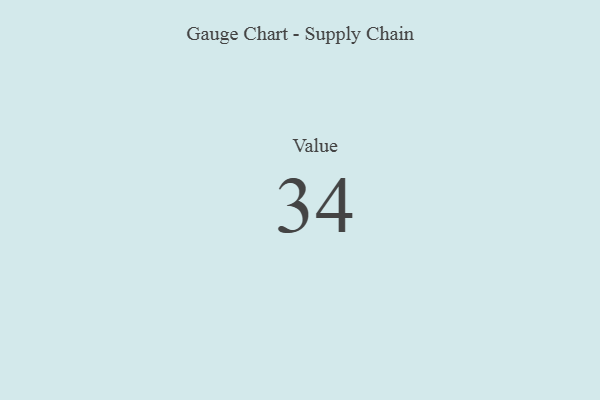
{"axis": {"x": "Metric", "y": "Value"}, "legend": [""], "data": [{"x": "Value", "y": 34, "type": ""}]}